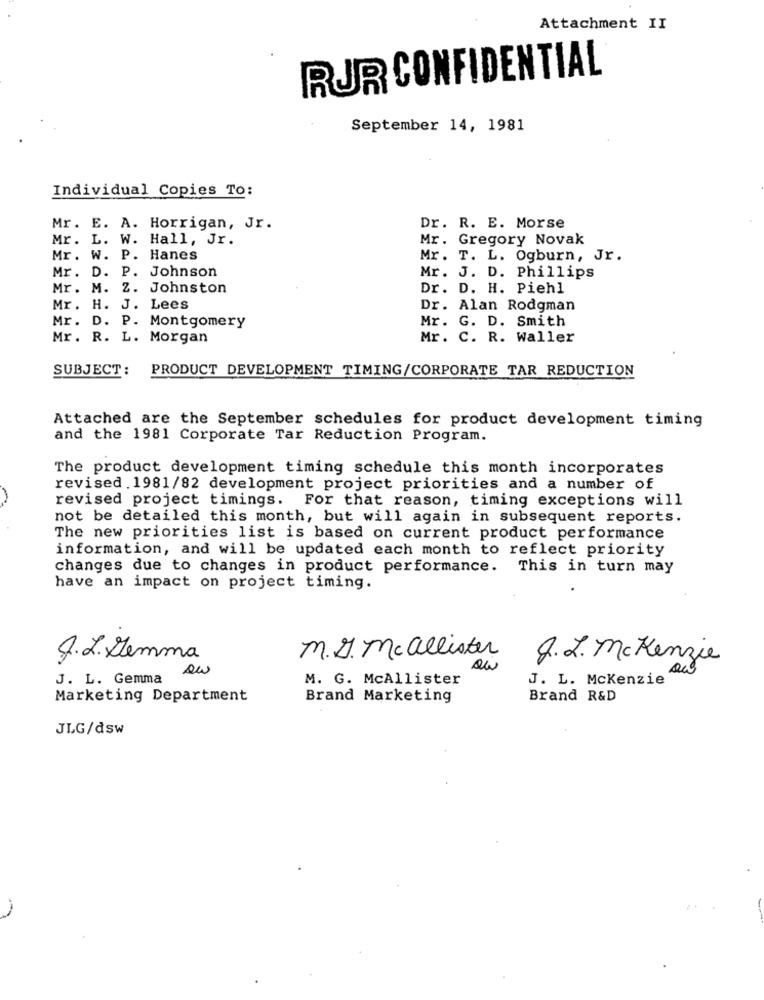
Attachment II
RUR CONFIDENTIAL
September 14, 1981
Individual Copies To:
Mr. E. A. Horrigan, Jr.
Dr. R. E. Morse
Mr. L. W. Hall, Jr.
Mr. Gregory Novak
Mr. W. P. Hanes
Mr. T. L. Ogburn, Jr.
Mr. D. P. Johnson
Mr. J. D. Phillips
Mr. M. Z. Johnston
Dr. D. H. Piehl
Mr. H. J. Lees
Dr. Alan Rodgman
Mr. D. P. Montgomery
Mr. G. D. Smith
Mr. R. L. Morgan
Mr. C. R. Waller
SUBJECT :
PRODUCT DEVELOPMENT TIMING/CORPORATE TAR REDUCTION
Attached are the September schedules for product development timing
and the 1981 Corporate Tar Reduction Program.
The product development timing schedule this month incorporates
revised . 1981/82 development project priorities and a number of
-
revised project timings. For that reason, timing exceptions will
not be detailed this month, but will again in subsequent reports.
The new priorities list is based on current product performance
information, and will be updated each month to reflect priority
changes due to changes in product performance. This in turn may
have an impact on project timing.
J.L. Hemma
m.D. Mcallister
Q.Z.M. Kenzie
au
J. L. Gemma
M. G. McAllister
J. L. Mckenzie
Marketing Department
Brand Marketing
Brand R&D
JLG/dsw